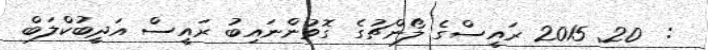
:  20